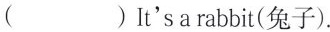
（)It's a rabbit(兔子).